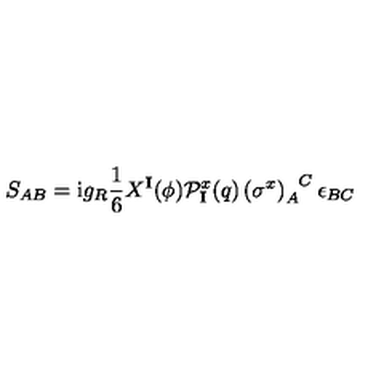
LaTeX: S _ { A B } = \mathrm { i } g _ { R } \frac { 1 } { 6 } X ^ { \mathbf { I } } ( \phi ) \mathcal { P } _ { \mathbf { I } } ^ { x } ( q ) \left( \sigma ^ { x } \right) _ { A } ^ { \phantom { A } C } \epsilon _ { B C }